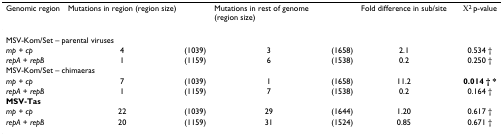
<table><thead><tr><td><b>Genomic region</b></td><td><b>Mutations in region </b></td><td><b>(region size)</b></td><td><b>Mutations in rest of genome </b></td><td><b>(region size)</b></td><td><b>Fold difference in sub/site</b></td><td></td><td><b>Χ<sup>2 </sup>p-value</b></td></tr></thead><tbody><tr><td colspan="8">MSV-Kom/Set – parental viruses</td></tr><tr><td><i>mp </i>+ <i>cp</i></td><td>4</td><td>(1039)</td><td>3</td><td>(1658)</td><td>2.1</td><td></td><td>0.534 †</td></tr><tr><td><i>repA </i>+ <i>repB</i></td><td>1</td><td>(1159)</td><td>6</td><td>(1538)</td><td>0.2</td><td></td><td>0.250 †</td></tr><tr><td colspan="8">MSV-Kom/Set – chimaeras</td></tr><tr><td><i>mp </i>+ <i>cp</i></td><td>7</td><td>(1039)</td><td>1</td><td>(1658)</td><td>11.2</td><td></td><td><b>0.014 † *</b></td></tr><tr><td><i>repA </i>+ <i>repB</i></td><td>1</td><td>(1159)</td><td>7</td><td>(1538)</td><td>0.2</td><td></td><td>0.164 †</td></tr><tr><td><b>MSV-Tas</b></td><td></td><td></td><td></td><td></td><td></td><td></td><td></td></tr><tr><td><i>mp </i>+ <i>cp</i></td><td>22</td><td>(1039)</td><td>29</td><td>(1644)</td><td>1.20</td><td></td><td>0.617 †</td></tr><tr><td><i>repA </i>+ <i>repB</i></td><td>20</td><td>(1159)</td><td>31</td><td>(1524)</td><td>0.85</td><td></td><td>0.671 †</td></tr></tbody></table>